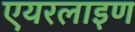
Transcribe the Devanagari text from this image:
एयरलाइण